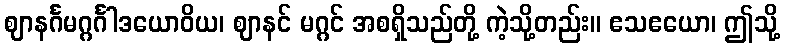
ဈာနင်္ဂမဂ္ဂင်္ဂါဒယောဝိယ၊ ဈာနင် မဂ္ဂင် အစရှိသည်တို့ ကဲ့သို့တည်း။ ဧသဧယော၊ ဤသို့